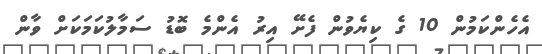
އެހެންކަމުން 10 ގެ ކިޔެވުން ފެށޭ އިރު އެންމެ ބޮޑު ސަމާލުކަމަކަށް ވާން